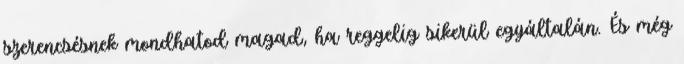
szerencsésnek mondhatod magad, ha reggelig sikerül egyáltalán. És még